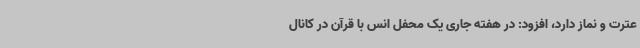
عترت و نماز دارد، افزود: در هفته جاری یک محفل انس با قرآن در کانال